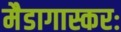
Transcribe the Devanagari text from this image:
मैडागास्करः